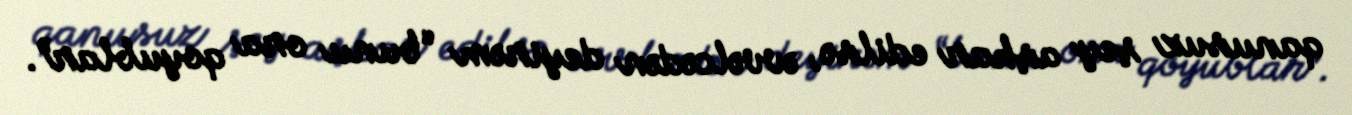
qanusuz şey aşkar edilsə, əvvəlcədən deyirəm “bunu ora qoyublar”.